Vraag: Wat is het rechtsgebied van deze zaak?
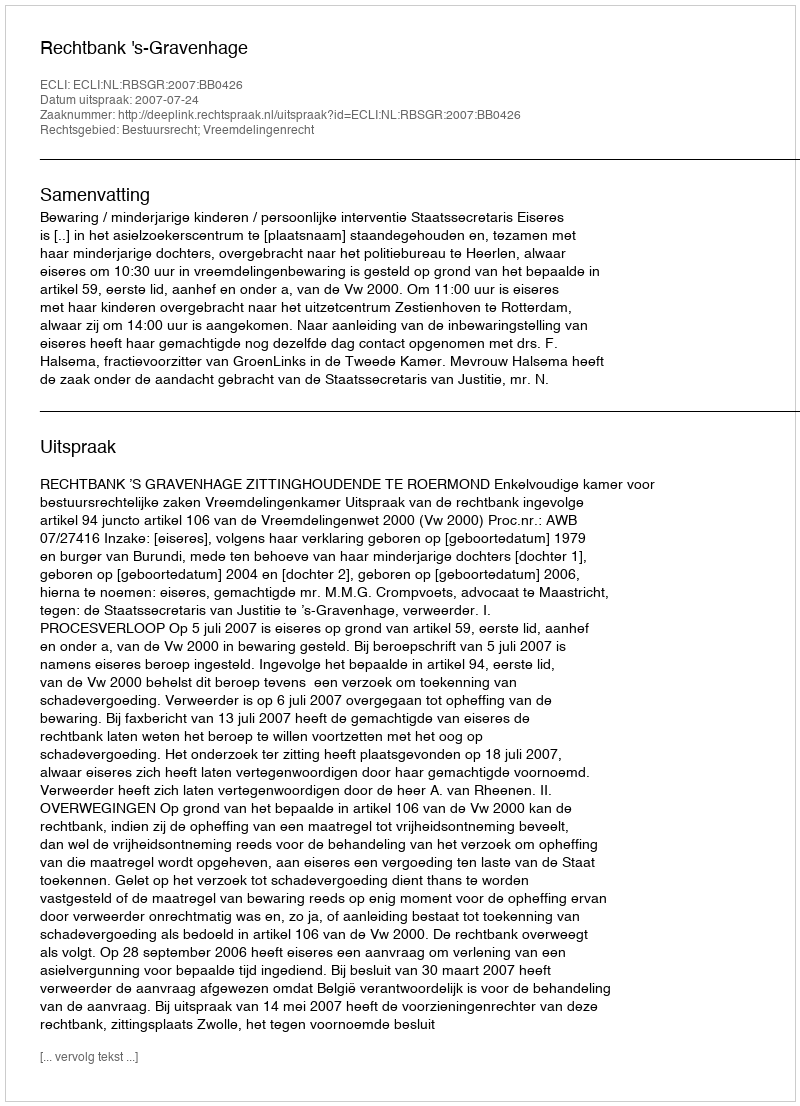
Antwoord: Bestuursrecht; Vreemdelingenrecht